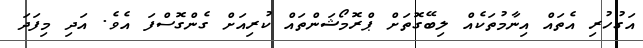
އަގުހުރި އެތައް އިނާމުތަކެއް ލިބޭގޮތަށް ޕްރޮމޯޝަންތައް ކުރިއަށް ގެންގޮސްފަ އެވެ. އަދި މިފަދަ